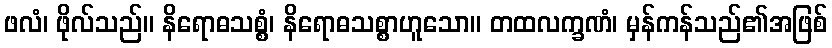
ဖလံ၊ ဖိုလ်သည်။ နိရောဓသစ္စံ၊ နိရောဓသစ္စာဟူသော။ တထလက္ခဏံ၊ မှန်ကန်သည်၏အဖြစ်